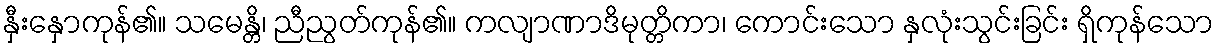
နှီးနှောကုန်၏။ သမေန္တိ၊ ညီညွတ်ကုန်၏။ ကလျာဏာဒိမုတ္တိကာ၊ ကောင်းသော နှလုံးသွင်းခြင်း ရှိကုန်သော